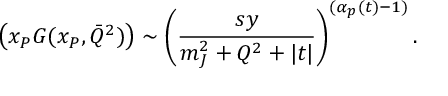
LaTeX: \left( x _ { P } G ( x _ { P } , \bar { Q } ^ { 2 } ) \right) \sim \left( \frac { s y } { m _ { J } ^ { 2 } + Q ^ { 2 } + | t | } \right) ^ { ( \alpha _ { p } ( t ) - 1 ) } .